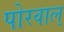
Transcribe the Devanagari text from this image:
पोरवाल्